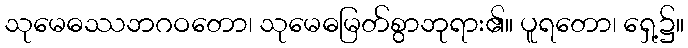
သုမေဓဿဘဂဝတော၊ သုမေဓမြတ်စွာဘုရား၏။ ပူရတော၊ ရှေ့၌။